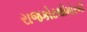
રાજકોટથીમોરબી